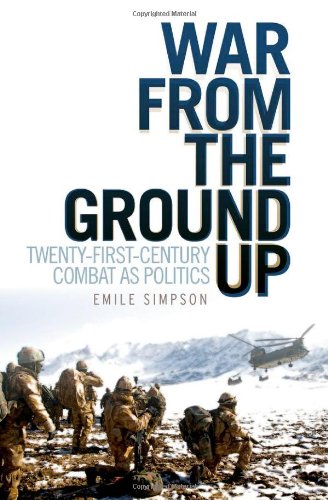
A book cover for War From the Ground Up: Twenty-First Century Combat as Politics (Crises in World Politics); Emile Simpson; History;